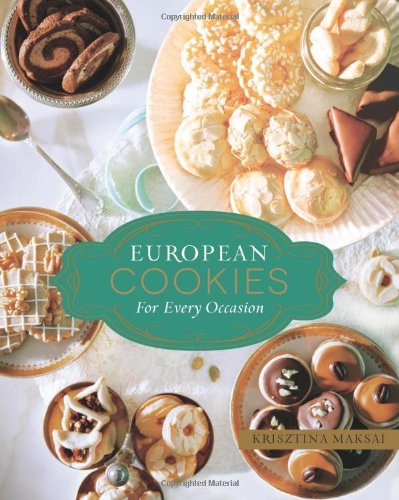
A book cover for European Cookies for Every Occasion; Krisztina Maksai; Cookbooks, Food & Wine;